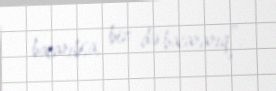
bacarıbsa, biz də bacararıq”.